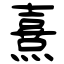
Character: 熹